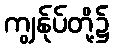
ကျွန်ုပ်တို့၌